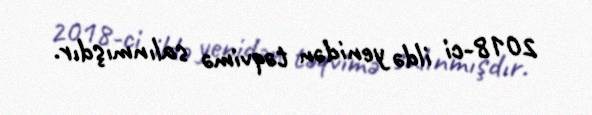
2018-ci ildə yenidən təqvimə salınmışdır.